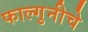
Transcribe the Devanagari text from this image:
फाल्गुनीचे